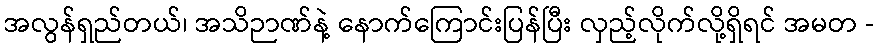
အလွန်ရှည်တယ်၊ အသိဉာဏ်နဲ့ နောက်ကြောင်းပြန်ပြီး လှည့်လိုက်လို့ရှိရင် အမတ -